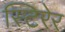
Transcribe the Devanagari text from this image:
स्टिरेर